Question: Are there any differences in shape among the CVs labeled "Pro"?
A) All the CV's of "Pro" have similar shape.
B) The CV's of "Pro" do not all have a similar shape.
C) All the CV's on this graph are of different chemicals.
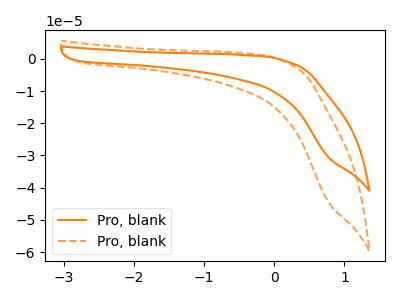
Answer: <think>The orange curve "Pro, blank1" has no peaks. The orange dashed curve "Pro, blank2" has no peaks.
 Neither "Pro, blank1" or "Pro, blank2" have any peaks.</think>
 <answer>A) All the CV's of "Pro" have similar shape.</answer>
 <eval>A</eval>